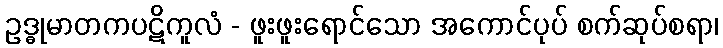
ဥဒ္ဓုမာတကပဋိကူလံ - ဖူးဖူးရောင်သော အကောင်ပုပ် စက်ဆုပ်စရာ၊